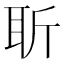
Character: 𦕄